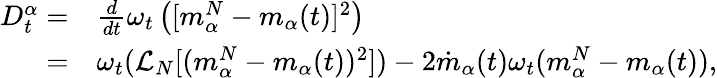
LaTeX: \begin{array}{rl}{D_{t}^{\alpha}=}&{\frac{d}{dt}\omega_{t}\left([m_{\alpha}^{N}-m_{\alpha}(t)]^{2}\right)}\\ {=}&{\omega_{t}(\mathcal{L}_{N}[(m_{\alpha}^{N}-m_{\alpha}(t))^{2}])-2\dot{m}_{\alpha}(t)\omega_{t}(m_{\alpha}^{N}-m_{\alpha}(t)),}\end{array}